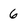
Character: 6